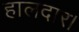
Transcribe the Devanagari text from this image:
हालदार।